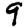
Digit: 9